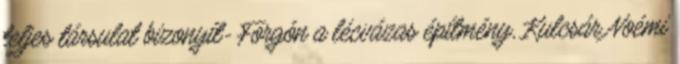
teljes társulat bizonyít- Forgón a lécvázas építmény, Kulcsár Noémi